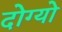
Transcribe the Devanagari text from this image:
दोग्यो